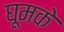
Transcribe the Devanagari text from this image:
घूमके